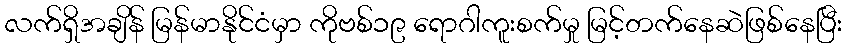
လက်ရှိအချိန် မြန်မာနိုင်ငံမှာ ကိုဗစ်၁၉ ရောဂါကူးစက်မှု မြင့်တက်နေဆဲဖြစ်နေပြီး